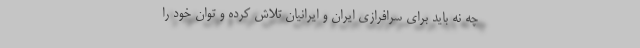
چه نه ‌باید برای سرافرازی ایران و ایرانیان تلاش کرده و توان خود را